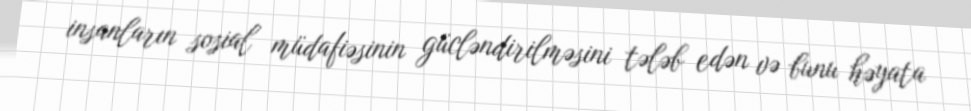
insanların sosial müdafiəsinin gücləndirilməsini tələb edən və bunu həyata